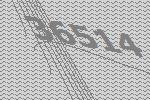
36514